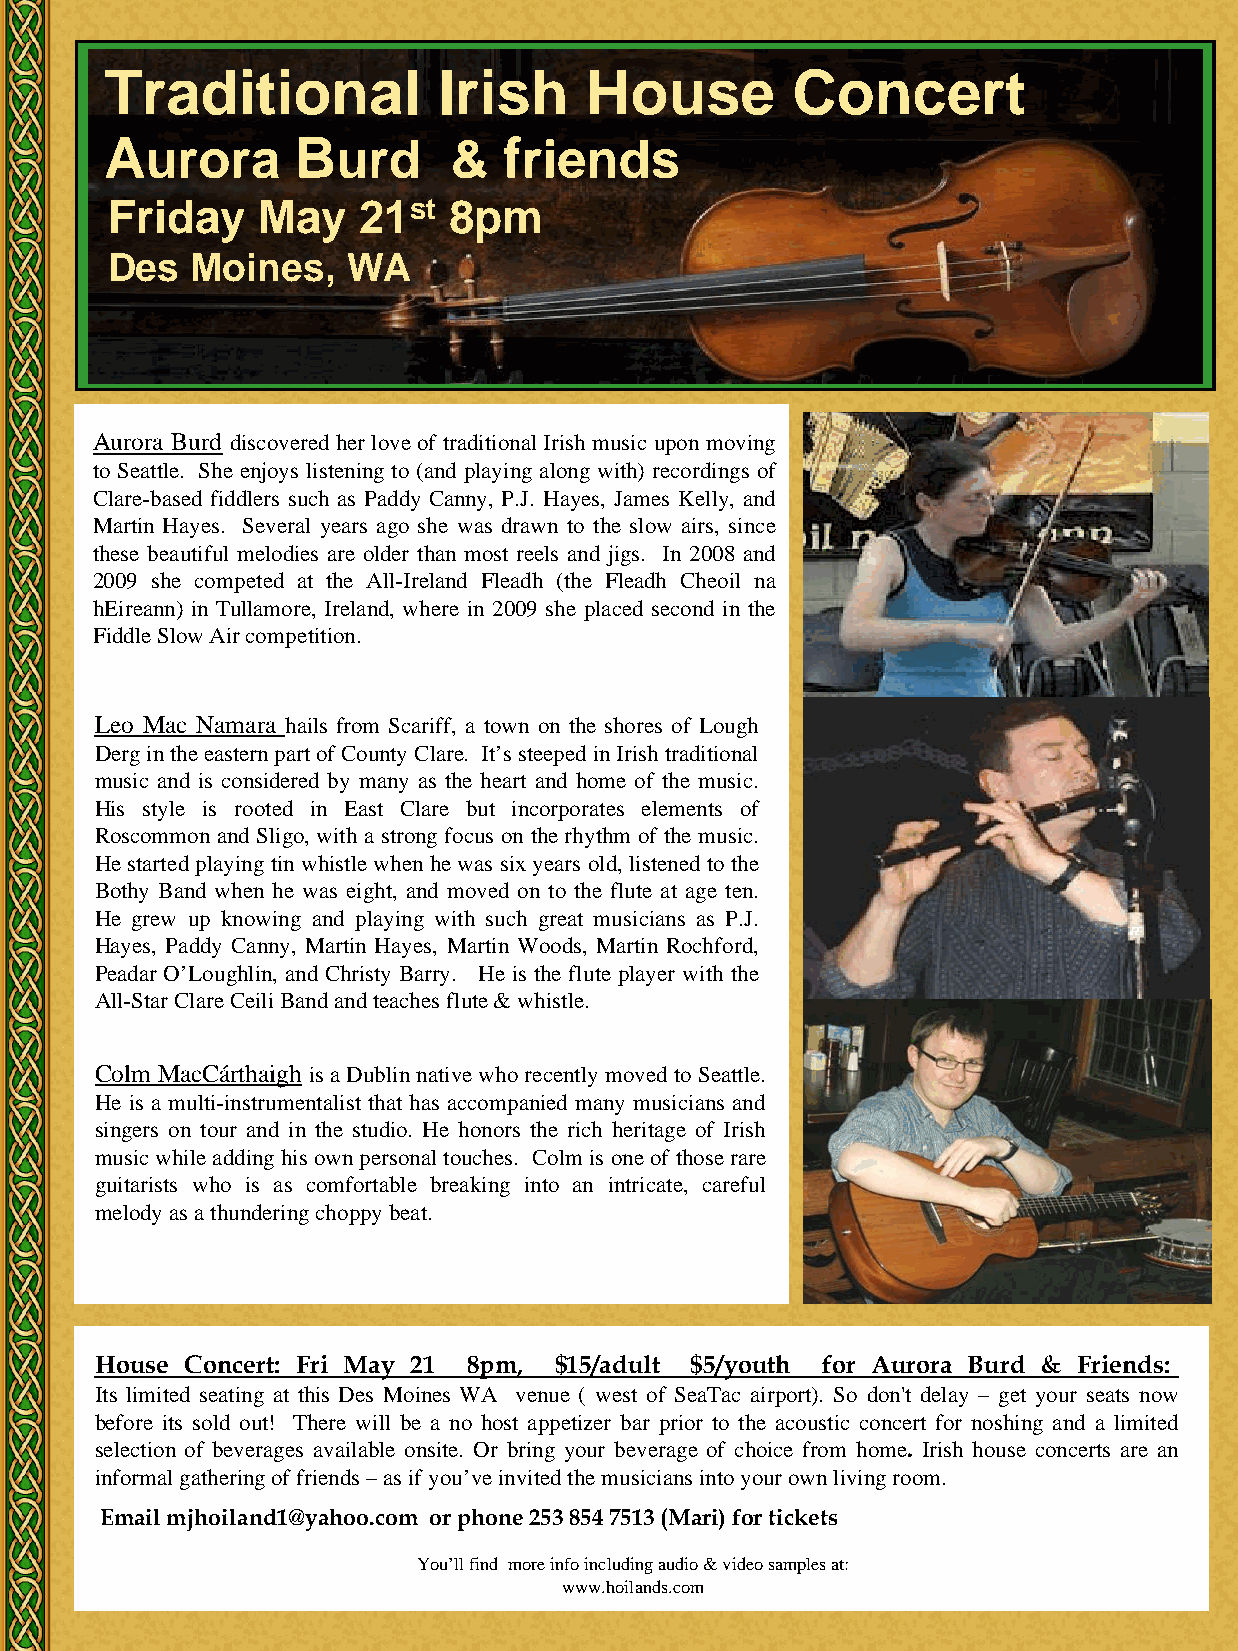
Traditional           Irish     House         Concert
 Aurora       Burd      &   friends
 Friday    May    21st  8pm
 Des   Moines,   WA
 Aurora Burd discovered her love of traditional Irish music upon moving
 to Seattle. She enjoys listening to (and playing along with) recordings of
 Clare-based fiddlers such as Paddy Canny, P.J. Hayes, James Kelly, and
 Martin Hayes. Several years ago she was drawn to the slow airs, since
 these beautiful melodies are older than most reels and jigs. In 2008 and
 2009 she competed at the All-Ireland Fleadh (the Fleadh Cheoil na
 hEireann) in Tullamore, Ireland, where in 2009 she placed second in the
 Fiddle Slow Air competition.
 Leo Mac Namara hails from Scariff, a town on the shores of Lough
 Derg in the eastern part of County Clare. It’s steeped in Irish traditional
 music and is considered by many as the heart and home of the music.
 His style is rooted in East Clare but incorporates elements of
 Roscommon and Sligo, with a strong focus on the rhythm of the music.
 He started playing tin whistle when he was six years old, listened to the
 Bothy Band when he was eight, and moved on to the flute at age ten.
 He grew up knowing and playing with such great musicians as P.J.
 Hayes, Paddy Canny, Martin Hayes, Martin Woods, Martin Rochford,
 Peadar O’Loughlin, and Christy Barry. He is the flute player with the
 All-Star Clare Ceili Band and teaches flute & whistle.
 Colm MacCárthaigh is a Dublin native who recently moved to Seattle.
 He is a multi-instrumentalist that has accompanied many musicians and
 singers on tour and in the studio. He honors the rich heritage of Irish
 music while adding his own personal touches. Colm is one of those rare
 guitarists who is as comfortable breaking into an intricate, careful
 melody as a thundering choppy beat.
 House Concert: Fri May 21 8pm, $15/adult $5/youth for Aurora Burd & Friends:
 Its limited seating at this Des Moines WA venue ( west of SeaTac airport). So don't delay – get your seats now
 before its sold out! There will be a no host appetizer bar prior to the acoustic concert for noshing and a limited
 selection of beverages available onsite. Or bring your beverage of choice from home. Irish house concerts are an
 informal gathering of friends – as if you’ve invited the musicians into your own living room.
 Email mjhoiland1@yahoo.com or phone 253 854 7513 (Mari) for tickets
 You’ll find more info including audio & video samples at:
 www.hoilands.com